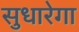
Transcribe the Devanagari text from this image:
सुधारेगा